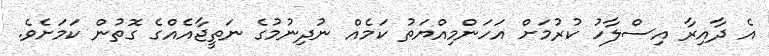
އެ ދާއިރާ އިސްލާހު ކުރުމަށް އަހަންމިއްޔަތު ކަމެއް ނުދިނުމުގެ ނަތީޖާއެއްގެ ގޮތުން ކަމަށެވެ.